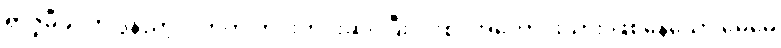
ရာဇူမီခင်က ဒွန်ညာ့လက်ကို တင်းတင်းဆုပ်ပြီး ပါးစပ်အဟောင်းသား ဖြစ်နေသော မေမေ